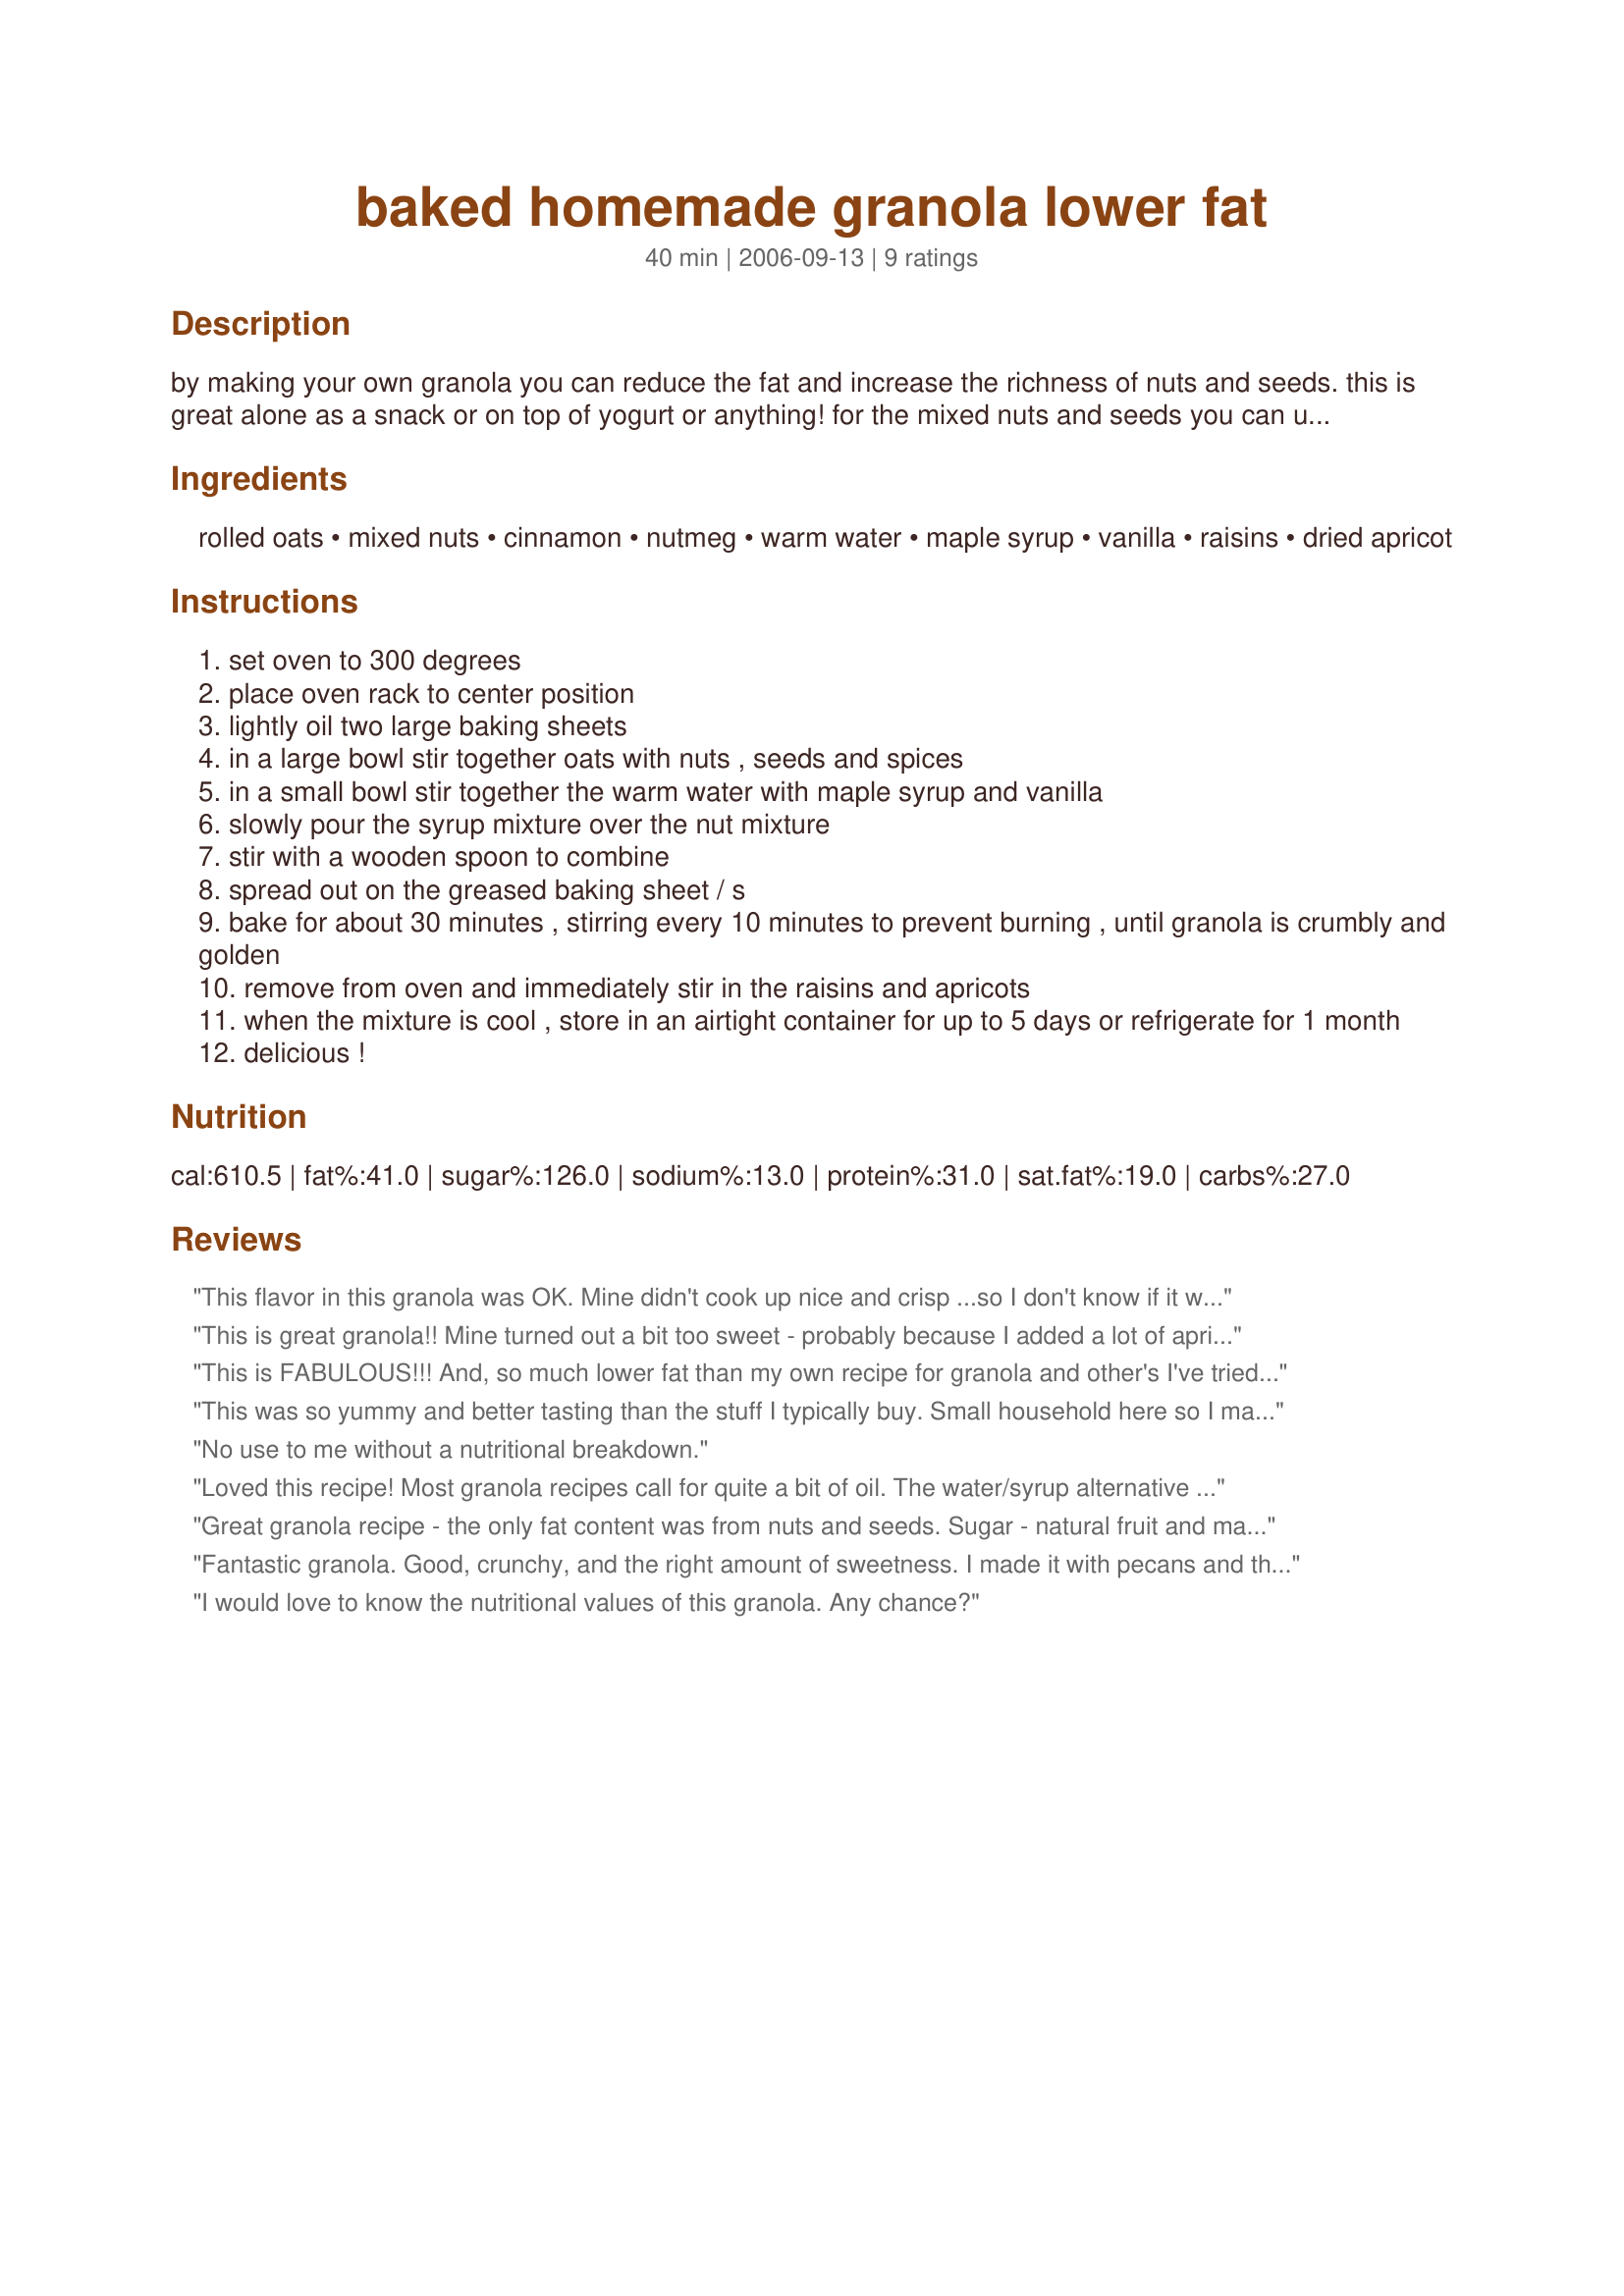
baked homemade granola lower fat
Preparation time: 40 minutes

by making your own granola you can reduce the fat and increase the richness of nuts and seeds. this is great alone as a snack or on top of yogurt or anything! for the mixed nuts and seeds you can use all or a mixture of slivered almonds, coarsley chopped walnuts, pumpkin seeds, sunflower seeds and sesame seeds.

Ingredients:
rolled oats, mixed nuts, cinnamon, nutmeg, warm water, maple syrup, vanilla, raisins, dried apricot

Steps:
set oven to 300 degrees
place oven rack to center position
lightly oil two large baking sheets
in a large bowl stir together oats with nuts , seeds and spices
in a small bowl stir together the warm water with maple syrup and vanilla
slowly pour the syrup mixture over the nut mixture
stir with a wooden spoon to combine
spread out on the greased baking sheet / s
bake for about 30 minutes , stirring every 10 minutes to prevent burning , until granola is crumbly and golden
remove from oven and immediately stir in the raisins and apricots
when the mixture is cool , store in an airtight container for up to 5 days or refrigerate for 1 month
delicious !

Reviews:
This flavor in this granola was OK. Mine didn't cook up nice and crisp ...so I don't know if it was because it wasn't cooked long enough or because of the water/maple syrup combination. I will finish this off, but move onto another recipe!
This is great granola!! Mine turned out a bit too sweet - probably because I added a lot of apricots and dates - would add a little less next time! Added some sunflower seeds and some great Canadian maple syrup - thanks Kit! :)
This is FABULOUS!!! And, so much lower fat than my own recipe for granola and other's I've tried. A definite repeat for me now that I know it tastes just as great LF as the full fat recipes!!!<br/>Made for RecipeTag at KK's.
This was so yummy and better tasting than the stuff I typically buy. Small household here so I made a quarter batch (1.5 cups) to start. For the mixed nuts and seeds I used 1 part unsweetened coconut to 2 parts sunflower seeds. At first I was a little worried because the oats did not seem especially toasty at the end of the cooking time, but once cooled they were crispy and crunchy. Opted for dates over raisins which paired well with the subtle maple flavor. As a cinnamon-aholic I would add more next time but think the amount stated is right for most people. What I love most about the recipe is that it is a great blueprint for endless healthy variations created by changing up the nuts or fruits. My only quibble and it is a teeny tiny one is that I did not have big crunchy nuggets as you sometimes get with granola but I think that is something you surrender with all the oil and fat used to create them, a worthwhile trade off. Thanks Kitz.
No use to me without a nutritional breakdown.
Loved this recipe! Most granola recipes call for quite a bit of oil. The water/syrup alternative works just fine. I used all almonds since we have a major nut allergy (To most other nuts) in the family. I also threw in about 3 tablespoons of toasted flax seeds and about 1 cup sweetened coconut. I omitted the nutmeg and didn't add apricots or raisens since we like to do granola and vanilla yogurt topped with fresh strawberries for dessert.
Thank you for posting Kittencal, I will be making this often!
Great granola recipe - the only fat content was from nuts and seeds. Sugar - natural fruit and maple syrup was just the right amount. I did need to cook an extra 20 minutes (I did 10-minute intervals stirring after each ten minutes.) This may have been due to having two trays in the oven at the same time, opening the oven to stir every ten minutes and swapping the trays around. Regardless, an excellent recipe!
Fantastic granola. Good, crunchy, and the right amount of sweetness. I made it with pecans and the goldens and cherries dried fruit mix. It was very easy to make, and I will definately make it again.
I would love to know the nutritional values of this granola. Any chance?
